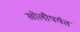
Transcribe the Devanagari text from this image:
खोलीपर्यत